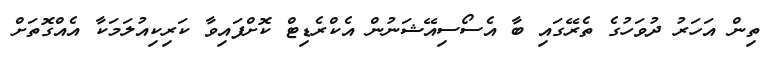
ތިން އަހަރު ދުވަހުގެ ތެރޭގައި ބާ އެސޯސިއޭޝަނުން އެކްރެޑިޓް ކޮށްފައިވާ ކަރިކިއުލަމަކާ އެއްގޮތަށް